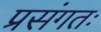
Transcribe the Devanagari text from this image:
प्रसंगतः